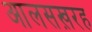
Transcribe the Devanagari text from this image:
आलसख़रह